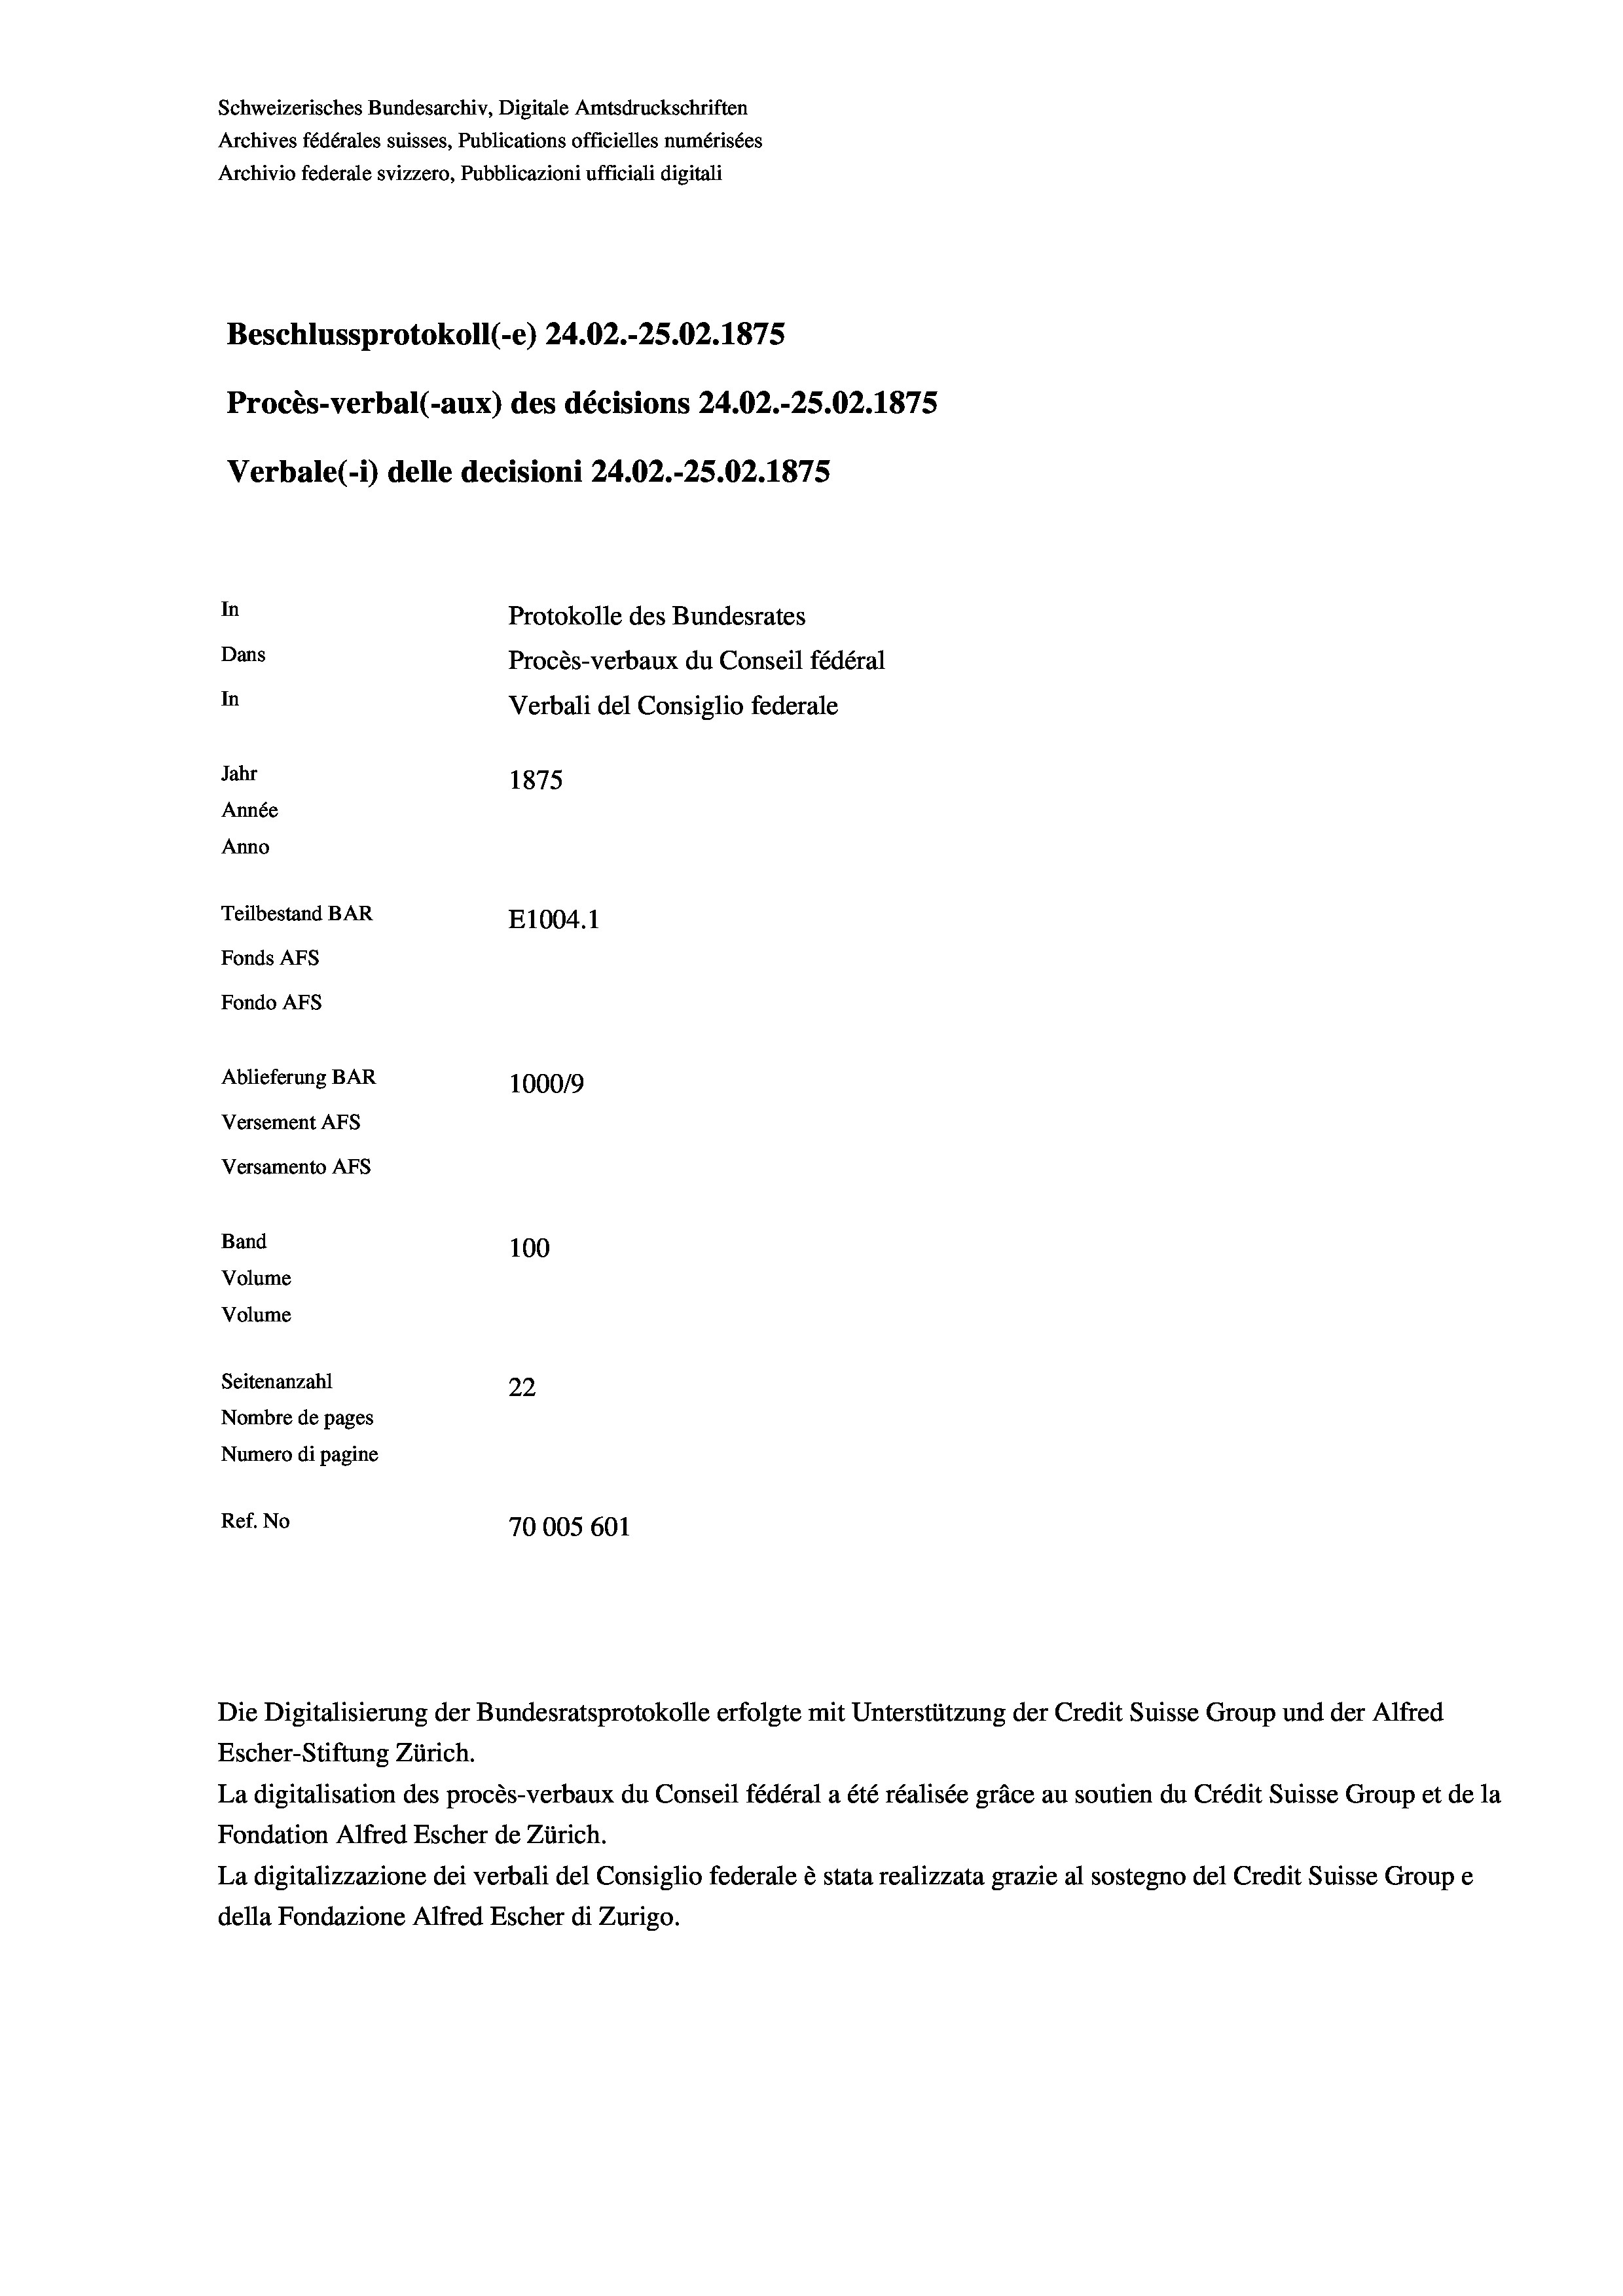
Schweizerisches Bundesarchiv, Digitale Amtsdruckschriften
Archives fédérales suisses, Publications officielles numérisées
Archivio federale svizzero, Pubblicazioni ufficiali digitali
Beschlussprotokoll (-e) 24.02.-25.02. 1875
Procès-verbal (-aux) des décisions 24.02.-25.02.1875
In
Protokolle des Bundesrates
Dans
Procès-verbaux du Conseil fédéral
In
Verbali del Consiglio federale
Jahr
1875
Année
Anno
Teilbestand BAR
E1004. 1
Fonds AFs
Fondo Afs
Ablieferung BAR
100019
Versement AFs

Band
Volume
Volume

Versamento AFS

100
Seitenanzahl
22
Nombre de pages
Numero di pagine
Ref. No
70005 601

Verbale (1) delle decisioni 24.02.-25.02. 1875

Die Digitalisierung der Bundesratsprotokolle erfolgte mit Unterstützung der Credit Suisse Group und der Alfred
Escher-Stiftung Zürich.
La digitalisation des procès-verbaux du Conseil fédéral a été réalisée gräce au soutien du Crédit Suisse Group et de la
Fondation Alfred Escher de Zürich.
La digitalizzazione dei verbali del Consiglio federale è stata realizzata grazie al sostegno del Credit Suisse Groupe
della Fondazione Alfred Escher di Zurigo.